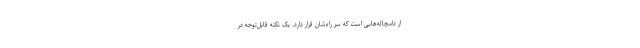
از دامچاله‌هایی است که سر راه‌شان قرار دارد. یک نکته قابل‌توجه در